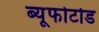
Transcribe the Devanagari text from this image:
ब्यूफोटोड